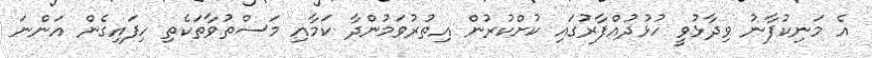
އެ މަނިކުފާނު ވިދާޅުވީ ހުޅުދުއްފާރުގައި ކުށްކުރުން އިތުރުވަމުންދާ ކަމާއި މަސްތުވާތަކެތި ހިފައިގެން އަންނަ